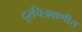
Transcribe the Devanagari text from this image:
दूरचित्रवाणीस